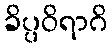
ခိပ္ပဝိရာဂိ